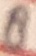
Text: 8